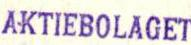
AKTIEBOLAGET